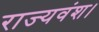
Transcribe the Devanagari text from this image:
राज्यवंश।